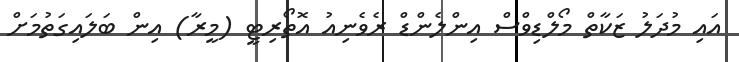
އައި މުދަލު ޒަކާތް މޯލްޑިވްސް އިންލެންޑް ރެވެނިއު އޮތޯރިޓީ (މީރާ) އިން ބަލައިގަތުމަށް